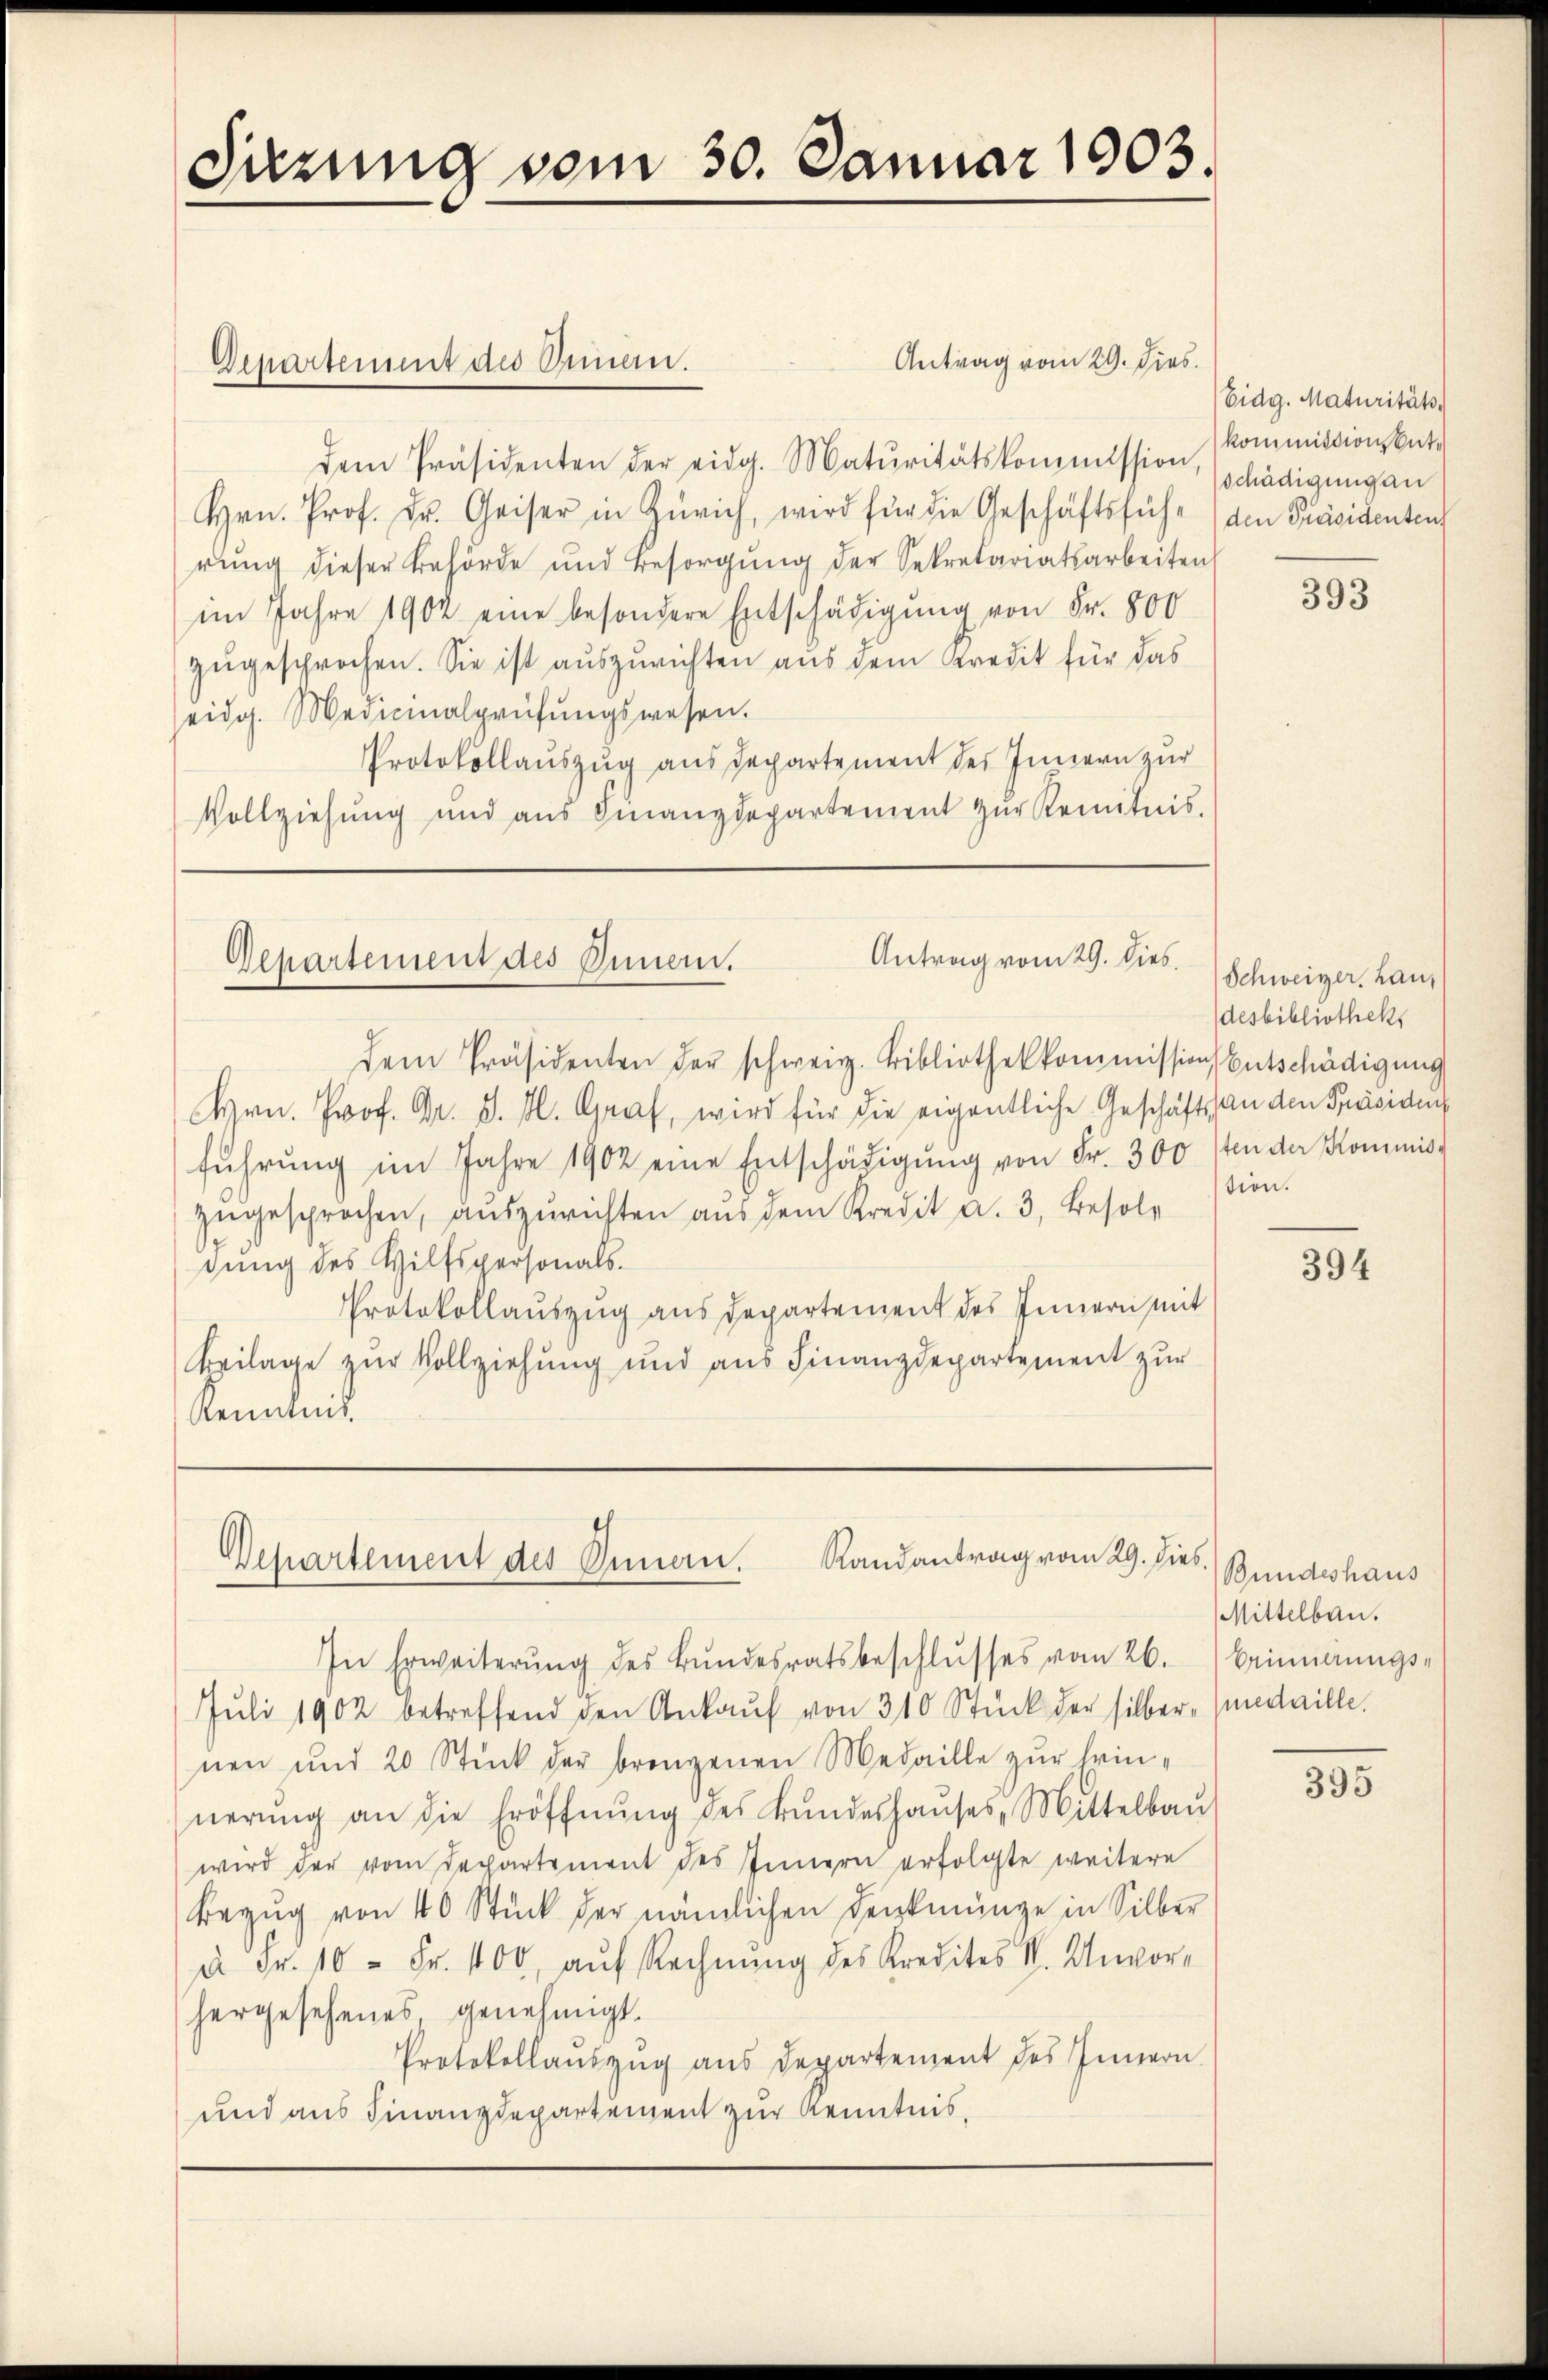
Sitzung vom 30. Januar 1903.

Antrag vom 29. Dies
dem Präsidenten der eidg. Maturitätskommission, (Kommissionskat-
Hrn. Prof. Dr. Geiser in Zürich, wird für die Geschäftsführ (den Präsidenten
rung dieser Behörde und Besorgŭng der Sekretariatsarbeiten
im Jahre 1902 eine besondere Entschädigung von Fr. 800
zugesprochen. Sie ist auszurichten aus dem Kredit für das
eidg. Medicinalprüfŭngswesen.
Protokollauszug aus Departement des Innern zur
Vollziehŭng und aŭs Finanzdepartement zŭr Kemnitnis.

Departement des Annen.

Antrag vom 29. Dieb
Departement des Innen.

Departement des Innen. Randantrag vom 29. Dies.

Dem Präsidenten der schweiz. Bibliothekkommission Entschädigung
Hrn. Prof. Dr. J. M. Graf, wird für die eigentliche Geschäfts an den Präsident
führŭng im Jahre 1902 eine Entschädigŭng von Fr. 300 sten der Kommis-
zugesprochen, auszurichten aus dem Kredit a. 3. Besoldung des Hilfspersonals.
Protokollauszug aus departement des Innern mit
Beilage zur Vollziehung und aus Finanzdepartement zur
Renntnis

In Erweiterŭng des Bundesratsbeschlŭsses vom 26.
Juli 1902 betreffend den Ankaŭf von 310 Stück der silber, (medaille.
nen und 20 Stück der brangenen Medaille zur Erin-
nerŭng an die Eröffnŭng des Bŭndeshaŭses Mittelbaŭ
wird der vom Departement des Innern erfolgte weitere
Bezŭg von 40 Stück der nämlichen Denkmünge in Silber
u Fr. 10 Fr. 1100, aŭf Rechnŭng des Kredites V. Unvor-
hergesehenes, genehmigt.
Protokollauszug aus Departement des Innern
und aus Finanzdepartement zur Kenntnis,

Eidg. Maturitäts
schädigung an

393

Schweizer, Lau,
desbibliothek
sion.

394

Bundeshaus
Mittelbau.
Erinnerungs¬

335